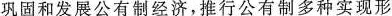
巩固和发展公有制经济，推行公有制多种实现形